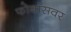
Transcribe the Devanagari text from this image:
फोबॉसवर